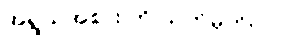
အရွယ်အစား ကို သတ်မှတ်ပါ။